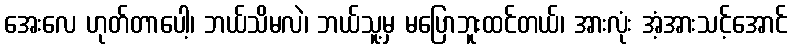
အေးလေ ဟုတ်တာပေါ့၊ ဘယ်သိမလဲ၊ ဘယ်သူ့မှ မပြောဘူးထင်တယ်၊ အားလုံး အံ့အားသင့်အောင်